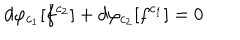
LaTeX: d \varphi _ { c _ { 1 } } [ f ^ { c _ { 2 } } ] + d \varphi _ { c _ { 2 } } [ f ^ { c _ { 1 } } ] = 0